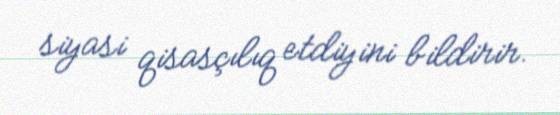
siyasi qisasçılıq etdiyini bildirir.